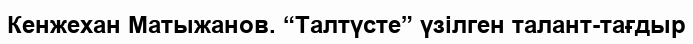
Кенжехан Матыжанов. “Талтүсте” үзілген талант-тағдыр